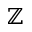
\mathbb { Z }